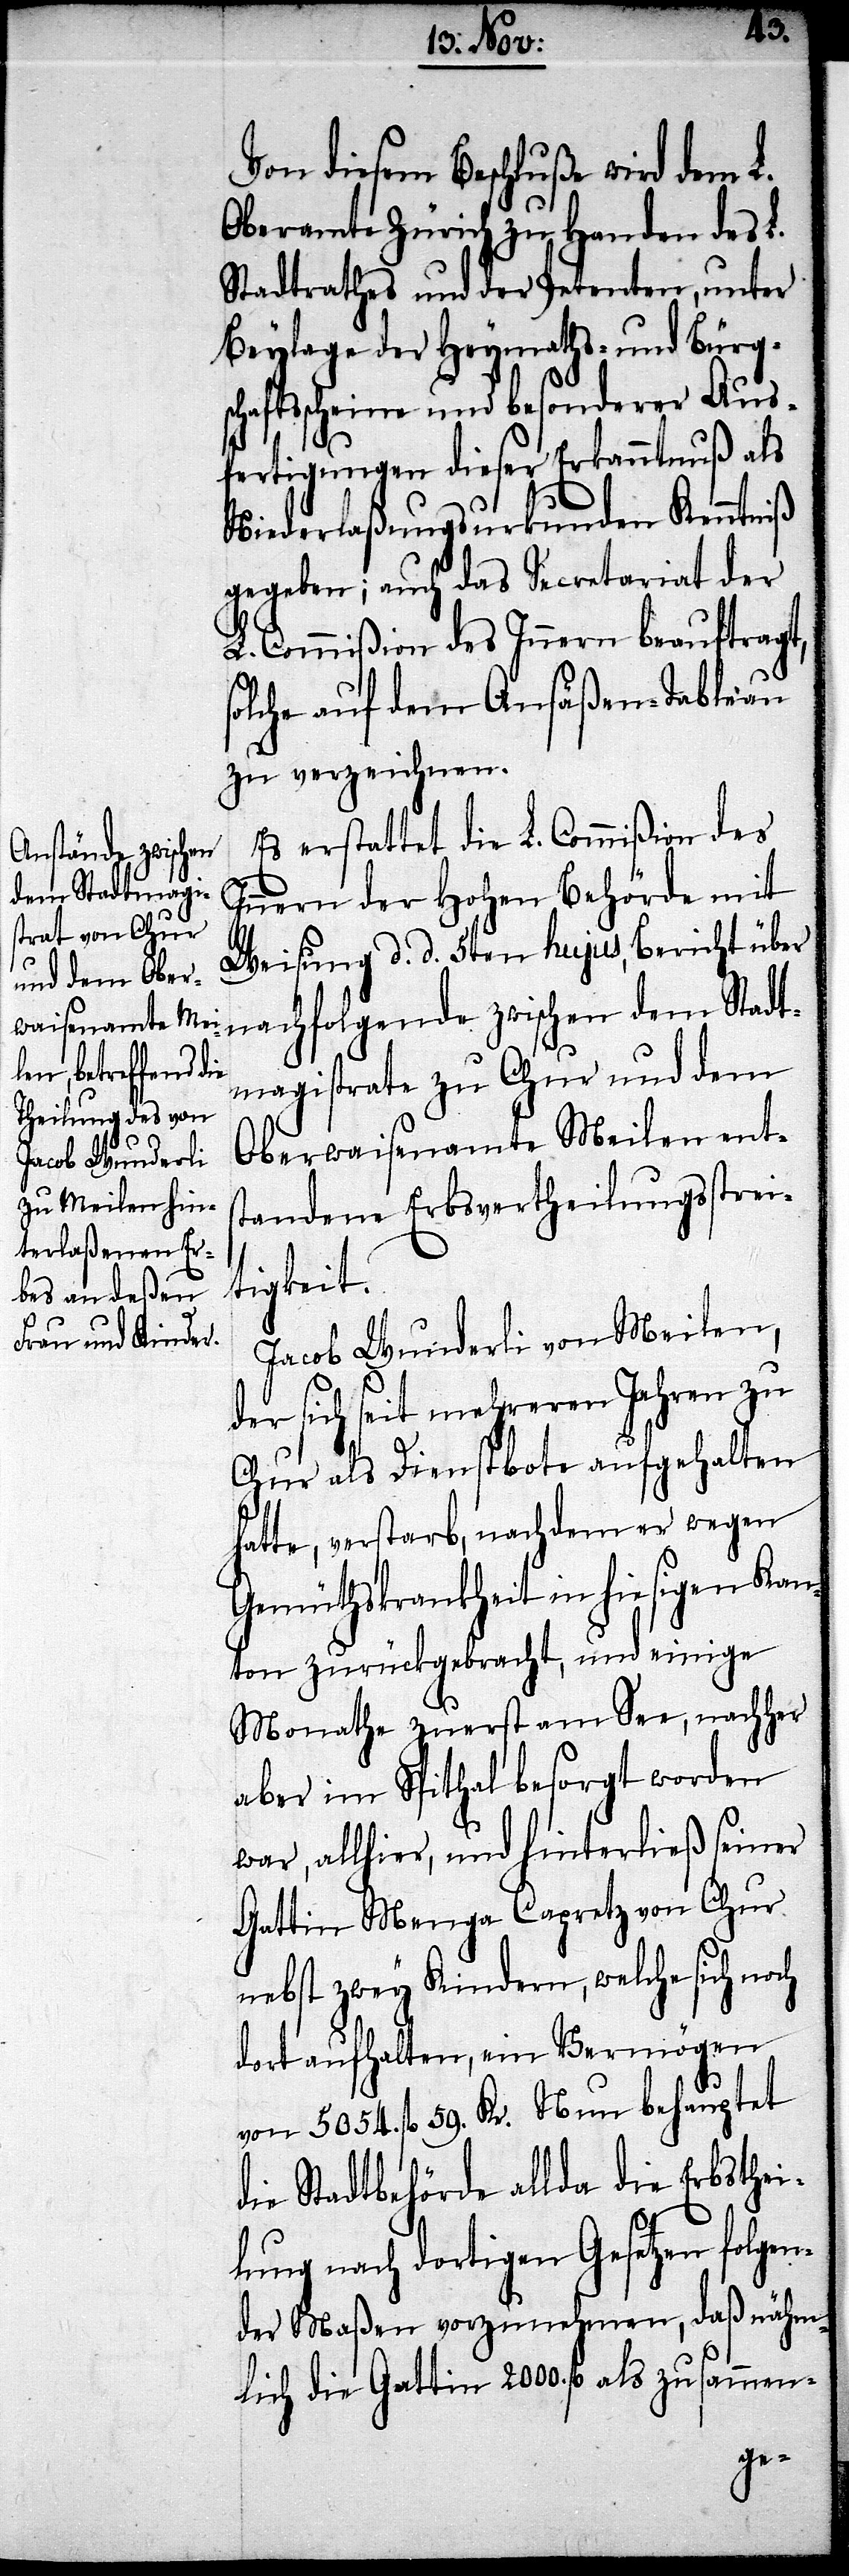
Vom diesem Beschluße wird dem L.
Oberamte Zürich zu Handen des L.
Stadtrathes und der Petenten, unter
Beylage der Heymaths- und Bürgsc¬
haftsscheine und besonderer Aus¬
fertigungen dieser Erkanntnuß als
Niederlaßungsurkunden Kenntniß
gegeben; auch das Secretariat der
L. Commißion des Innern beauftragt,
solche auf dem Ansäßen-Tableau
zu verzeichnen.
Es erstattet die L. Commißion des
Innern der Hohen Behörde mit
Weisung d. d. 5ten hujus, Bericht über
dem Stadt¬
magistrate zu Chur und dem
Oberwaisenamte Meilen ents¬
tandene Erbsvertheilungsstrei¬
tigkeit.
Jacob Wunderli von Meilen,
der sich seit mehreren Jahren zu
Chur als Dienstbote aufgehalten
hatte, verstarb, nachdem er wegen
Gemüthskrankheit in hiesigen Kan¬
ton zurückgebracht, und einige
Monathe zuerst am See, nachher
aber im Spital besorgt worden
war, allhier, und hinterließ seiner
Gattin Menga Capretz von Chur
nebst zwey Kindern, welche sich noch
dort aufhalten, ein Vermögen
von 5054 fl. 59. Kr. Nun behauptet
die Stadtbehörde allda die Erbsthei¬
lung nach dortigen Gesetzen folgen¬
der Maßen vorzunehmen, daß nähm¬
lich die Gattin 2000. fl. als zusammen-